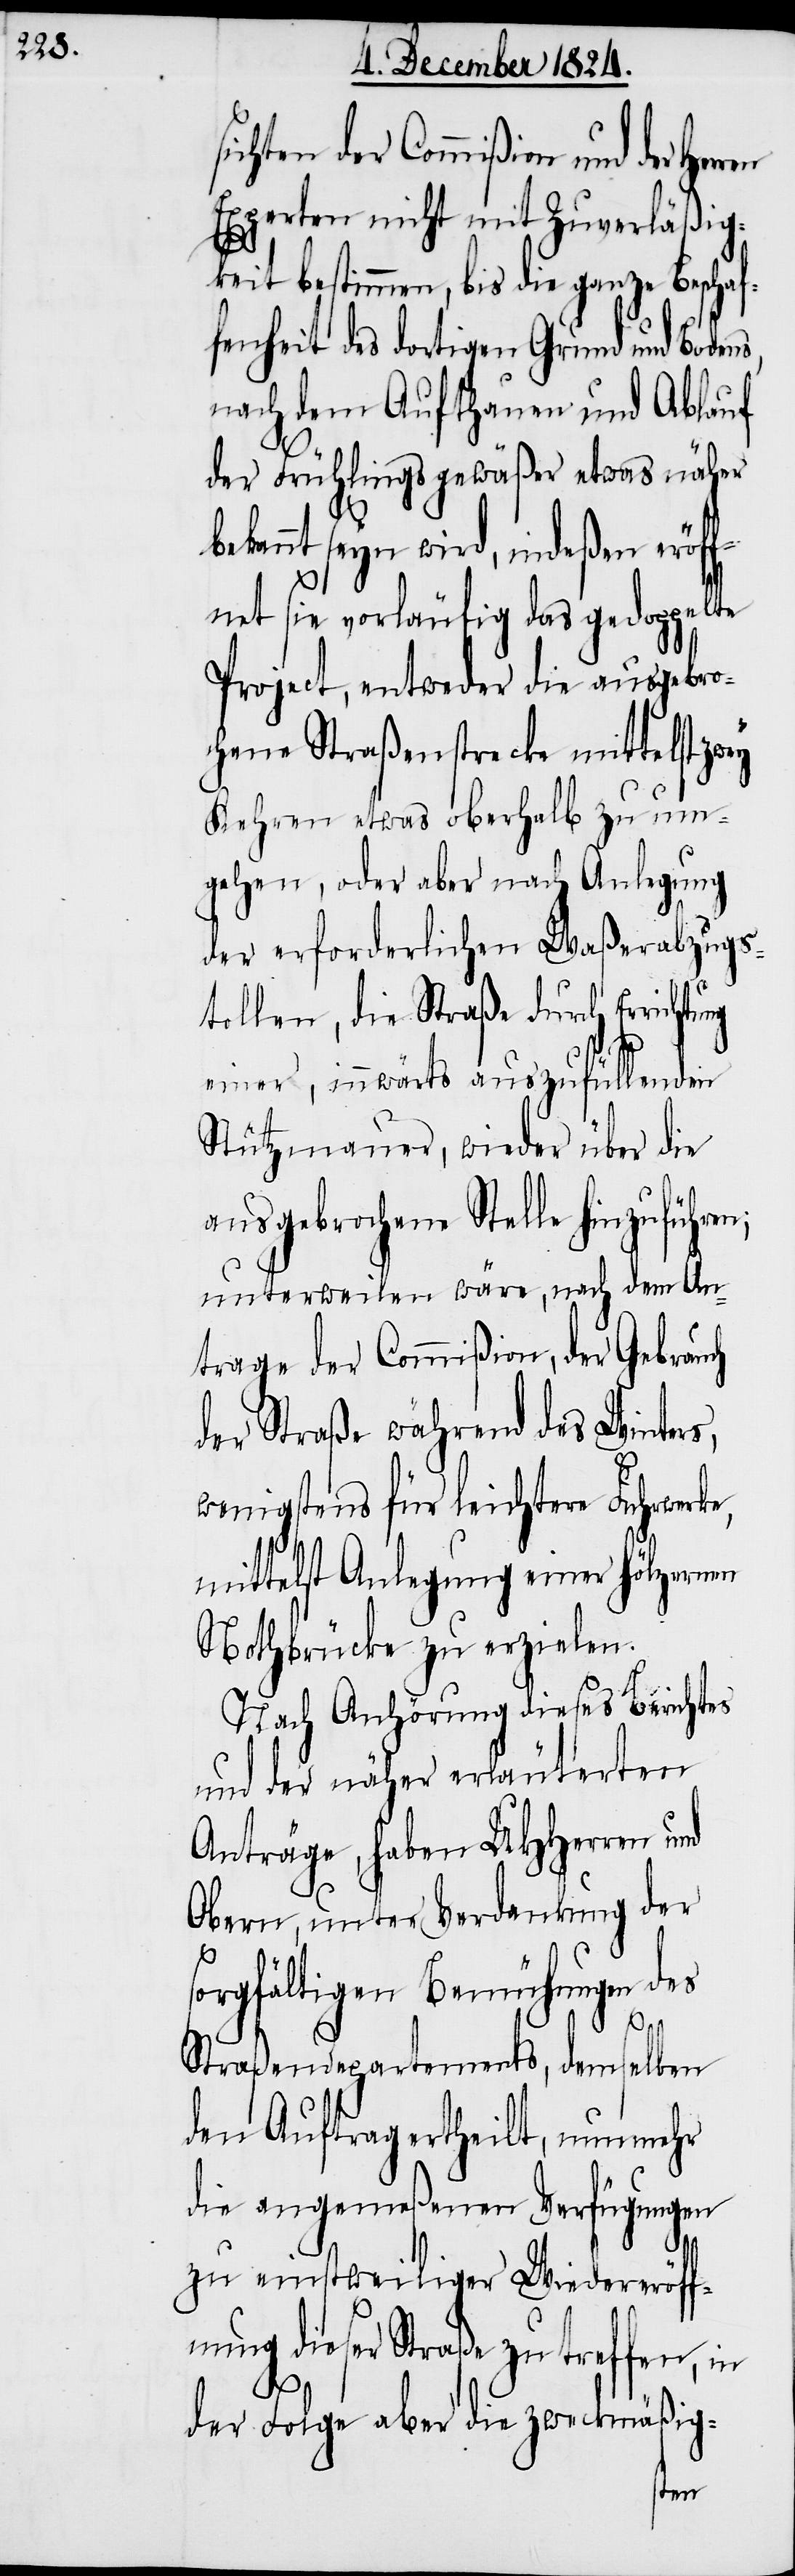
sichten der Commißion und der
Experten nicht mit Zuverläßig¬
keit bestimmen, bis die ganze Beschaf¬
fenheit des dortigen Grund und Boden¬
nach dem Aufthauen und Ablauf
der Frühlingsgewäßer etwas näher
kannt seyn wird, indeßen eröf¬
fnet sie vorläufig das gedoppelte
Project, entweder die ausgebro¬
chene Straßenstrecke mittelst
Kehren etwas oberhalb zu um¬
gehen, oder aber nach Anlegung
der erforderlichen Waßerabzug¬
tellen, die Straße durch Errichtu¬
einer, innwärts auszufüllenden
Stützmauer, wieder über die
ausgebrochene Stelle hinzuführen;
unterweilen wäre, nach dem An¬
trage der Commißion, der Gebrau¬
der Straße während des Winters,
wenigstens für leichtere Fuhrwerke,
mittelst Anlegung einer hölzernen
Nothbrücke zu erzielen.
Nach Anhörung dieses Berichtes
und der näher erläuterten
Anträge, haben UHHerren und
Obern, unter Verdankung der
ch
sorgfältigen Bemühungen des
be¬
Straßendepartements, demselben
den Auftrag ertheilt, nunmehr
die angemeßenen Verfügungen
zu einstweiliger Wiedereröff¬
nung dieser Straße zu treffen, in
der Folge aber die zweckmäßig-
ng